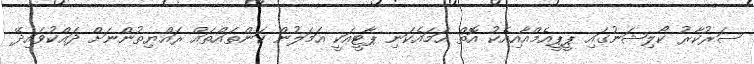
ސަރުކާރު ކޯލިޝަނުގައި ޕީޕީއެމްއާއިއެކު އޮތް ހަމައެކަނި ޕާޓީއަކީ އަމަލުން ކަންތައްތައް ރައްޔިތުންނަށް ދައްކުވައިދޭ